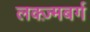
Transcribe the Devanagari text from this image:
लक्ज़्मबर्ग